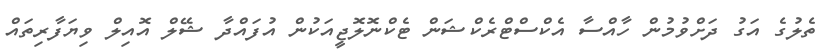
ތެލުގެ އަގު ދަށްވުމުން ހާއްސާ އެކްސްޓްރެކްޝަން ޓެކްނޮލޮޖީއަކުން އުފައްދާ ޝޭލް އޮއިލް ވިޔަފާރިތައް